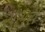
સસરો